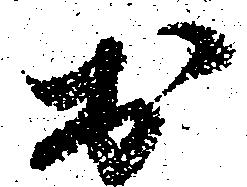
於